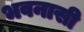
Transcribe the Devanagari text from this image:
भवनासी